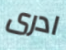
ادرى